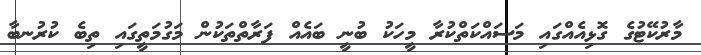
މާރުކޭޓުގެ ގޮޅިއެއްގައި މަސައްކަތްކުރާ މީހަކު ބުނީ ބައެއް ފަރާތްތަކުން މަގުމަތީގައި ތިބެ ކުރުނބާ